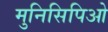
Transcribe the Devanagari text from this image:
मुनिसिपिओ